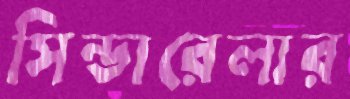
সিন্ডারেলার